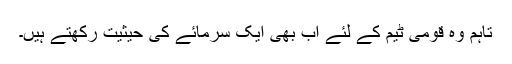
تاہم وہ قومی ٹیم کے لئے اب بھی ایک سرمائے کی حیثیت رکھتے ہیں۔